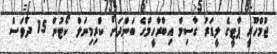
ޖުމްހޫރީ ޕާޓީގެ ލީޑަރު ގާސިމް އިބްރާހީމްގެ ބަންދަށް ކްރިމިނަލް ކޯޓުން 15 ދުވަސް